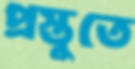
প্রস্তুতে